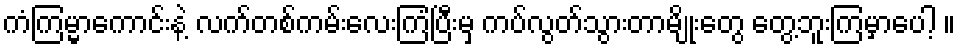
ကံကြမ္မာကောင်းနဲ့ လက်တစ်ကမ်းလေးကြံပြီးမှ ကပ်လွတ်သွားတာမျိုးတွေ တွေ့ဘူးကြမှာပေါ့ ။